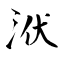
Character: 洑